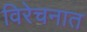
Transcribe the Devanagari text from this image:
विरेचनात